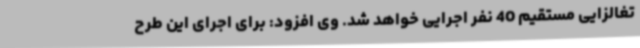
تغالزایی مستقیم 40 نفر اجرایی خواهد شد. وی افزود: برای اجرای این طرح